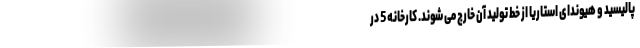
پالیسید و هیوندای استاریا از خط تولید آن خارج می شوند. کارخانه 5 در